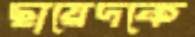
ছায়েদকে